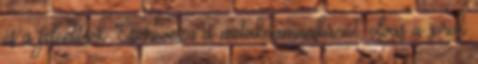
és a jelentések Észreveszi a metakommunikációt, olvas a sorok